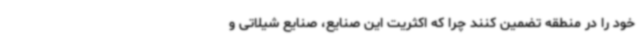
خود را در منطقه تضمین کنند چرا که اکثریت این صنایع، صنایع شیلاتی و